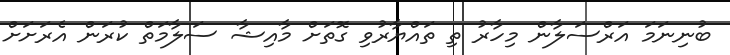
ބުނިނަމަ އަރްސަލާން މިހާރު ތި ތައްޔާރުވި ގޮތަށް މާއިޝާ ސަލާމަތް ކުރަން އެރަށަށް